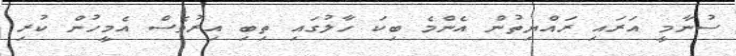
ސުނާމީ އަރައި ރައްޔިތުން އެންމެ ބިކަ ހާލުގައި ތިބި އިރުވެސް އެމީހުން ކުރި